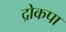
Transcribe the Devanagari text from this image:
द्रोकपा